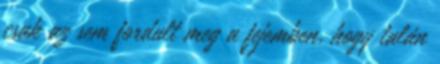
csak az sem for­dult meg a fejemben, hogy talán